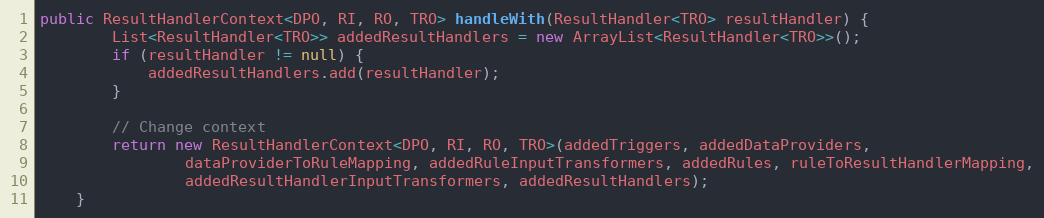
Language: Java
public ResultHandlerContext<DPO, RI, RO, TRO> handleWith(ResultHandler<TRO> resultHandler) {
        List<ResultHandler<TRO>> addedResultHandlers = new ArrayList<ResultHandler<TRO>>();
        if (resultHandler != null) {
            addedResultHandlers.add(resultHandler);
        }

        // Change context
        return new ResultHandlerContext<DPO, RI, RO, TRO>(addedTriggers, addedDataProviders,
                dataProviderToRuleMapping, addedRuleInputTransformers, addedRules, ruleToResultHandlerMapping,
                addedResultHandlerInputTransformers, addedResultHandlers);
    }